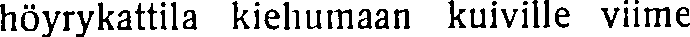
höyrykattila kiehumaan kuiville viime